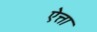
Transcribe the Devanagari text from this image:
ऐत्ता